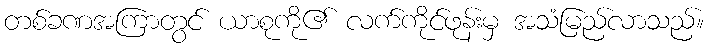
တစ်ခဏအကြာတွင် ယာစုကို၏ လက်ကိုင်ဖုန်းမှ အသံမြည်လာသည်။